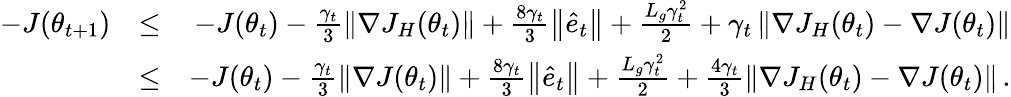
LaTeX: \begin{array}{rlr}{-J(\theta_{t+1})}&{\leq}&{-J(\theta_{t})-\frac{\gamma_{t}}{3}\left\| \nabla J_{H}(\theta_{t})\right\| +\frac{8\gamma_{t}}{3}\left\| \hat{e}_{t}\right\| +\frac{L_{g}\gamma_{t}^{2}}{2}+\gamma_{t}\left\| \nabla J_{H}(\theta_{t})-\nabla J(\theta_{t})\right\| }\\ &{\leq}&{-J(\theta_{t})-\frac{\gamma_{t}}{3}\left\| \nabla J(\theta_{t})\right\| +\frac{8\gamma_{t}}{3}\left\| \hat{e}_{t}\right\| +\frac{L_{g}\gamma_{t}^{2}}{2}+\frac{4\gamma_{t}}{3}\left\| \nabla J_{H}(\theta_{t})-\nabla J(\theta_{t})\right\| \, .}\end{array}